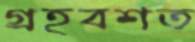
গ্রহবশত